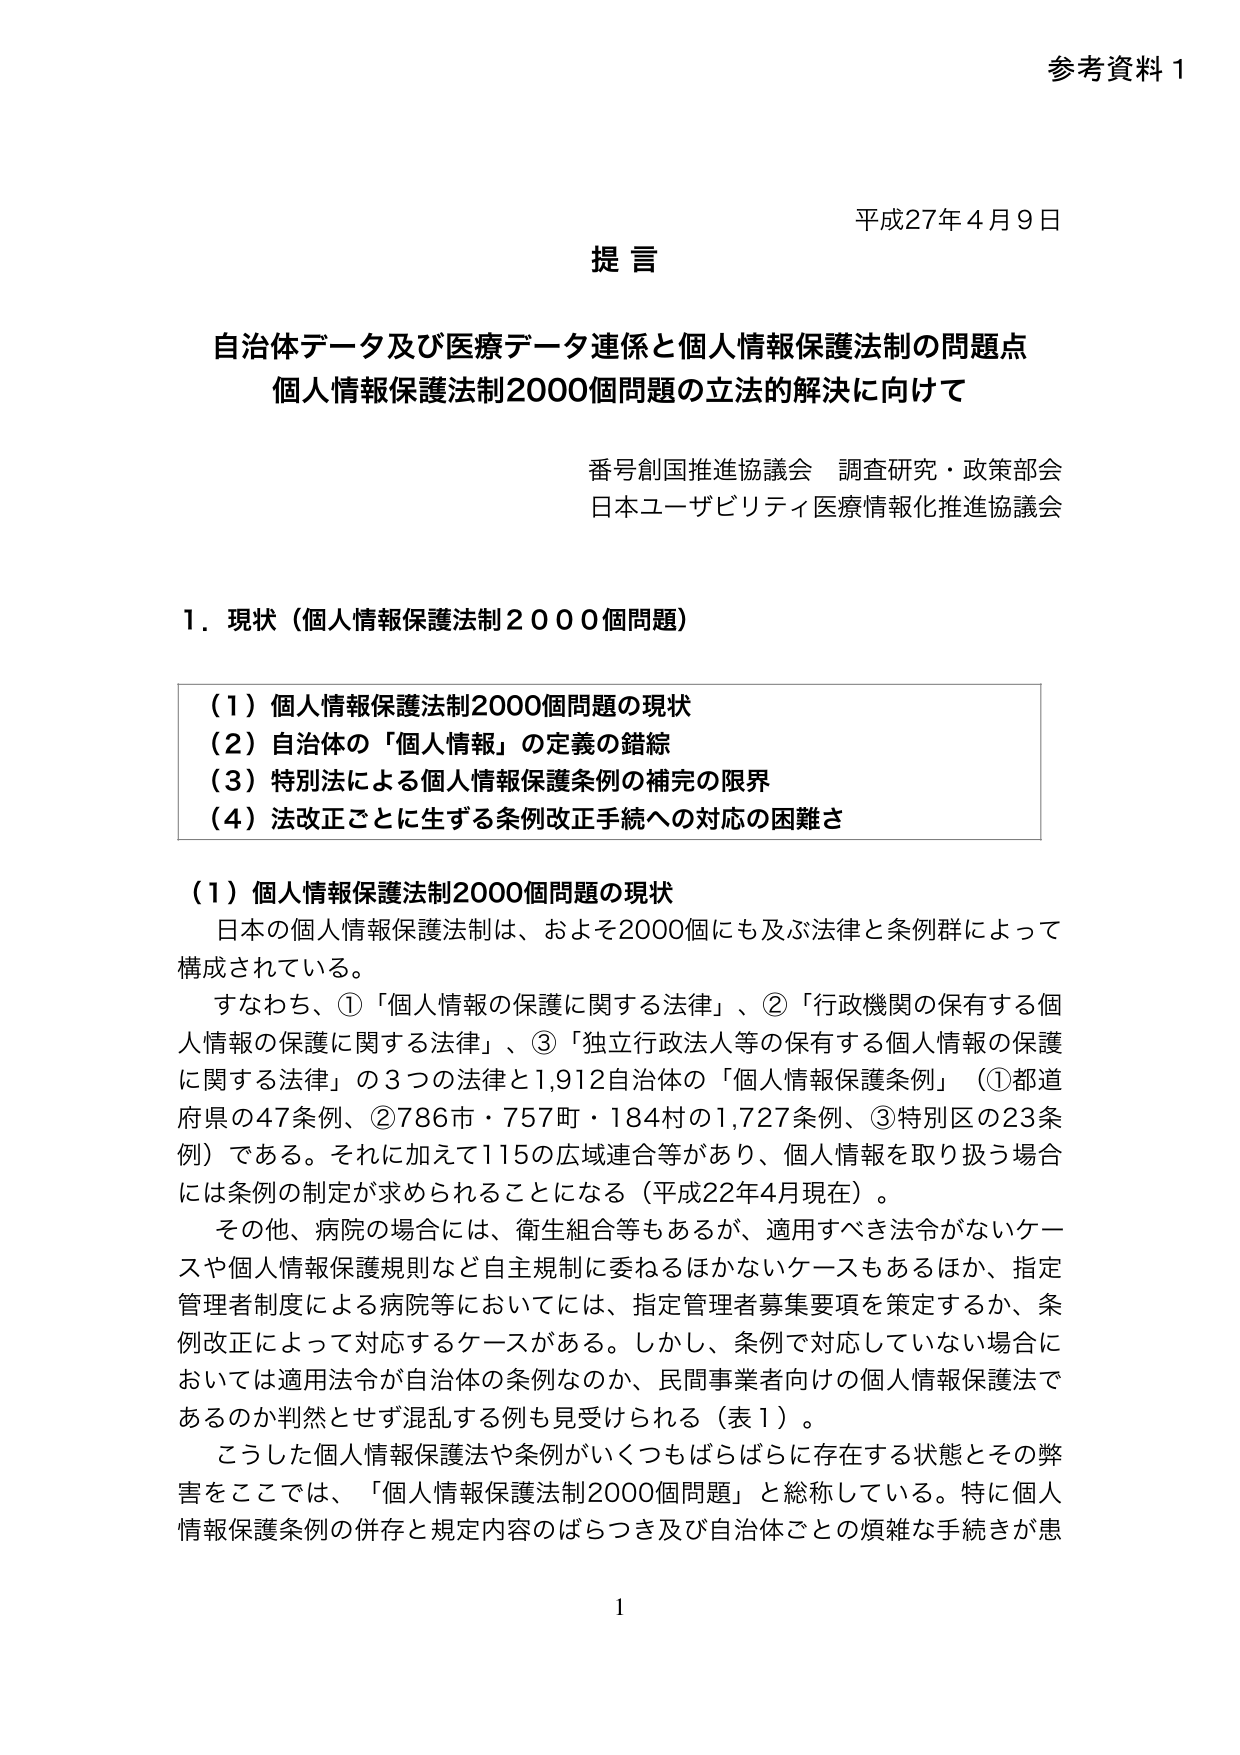
参考資料 1

平成27年4月9日

提言

自治体データ及び医療データ連係と個人情報保護法制の問題点
個人情報保護法制2000個問題の立法的解決に向けて

番号創国推進協議会 調査研究・政策部会
日本ユーザビリティ医療情報化推進協議会

1．現状（個人情報保護法制2000個問題）

（1）個人情報保護法制2000個問題の現状
（2）自治体の「個人情報」の定義の錯綜
（3）特別法による個人情報保護条例の補完の限界
（4）法改正ごとに生ずる条例改正手続への対応の困難さ

（1）個人情報保護法制2000個問題の現状
日本の個人情報保護法制は、およそ2000個にも及ぶ法律と条例群によって構成されている。
すなわち、①「個人情報の保護に関する法律」、②「行政機関の保有する個人情報の保護に関する法律」、③「独立行政法人等の保有する個人情報の保護に関する法律」の3つの法律と1,912自治体の「個人情報保護条例」（①都道府県の47条例、②786市・757町・184村の1,727条例、③特別区の23条例）である。それに加えて115の広域連合等があり、個人情報を取り扱う場合には条例の制定が求められることになる（平成22年4月現在）。
その他、病院の場合には、衛生組合等もあるが、適用すべき法令がないケースや個人情報保護規則など自主規制に委ねるほかないケースもあるほか、指定管理者制度による病院等においては、指定管理者募集要項を策定するか、条例改正によって対応するケースがある。しかし、条例で対応していない場合においては適用法令が自治体の条例なのか、民間事業者向けの個人情報保護法であるのか判然とせず混乱する例も見受けられる（表1）。
こうした個人情報保護法や条例がいくつもばらばらに存在する状態とその弊害をここでは、「個人情報保護法制2000個問題」と総称している。特に個人情報保護条例の併存と規定内容のばらつき及び自治体ごとの煩雑な手続きが患

1